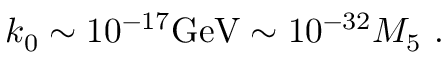
k _ { 0 } \sim 1 0 ^ { - 1 7 } \mathrm { G e V } \sim 1 0 ^ { - 3 2 } M _ { 5 } \ .